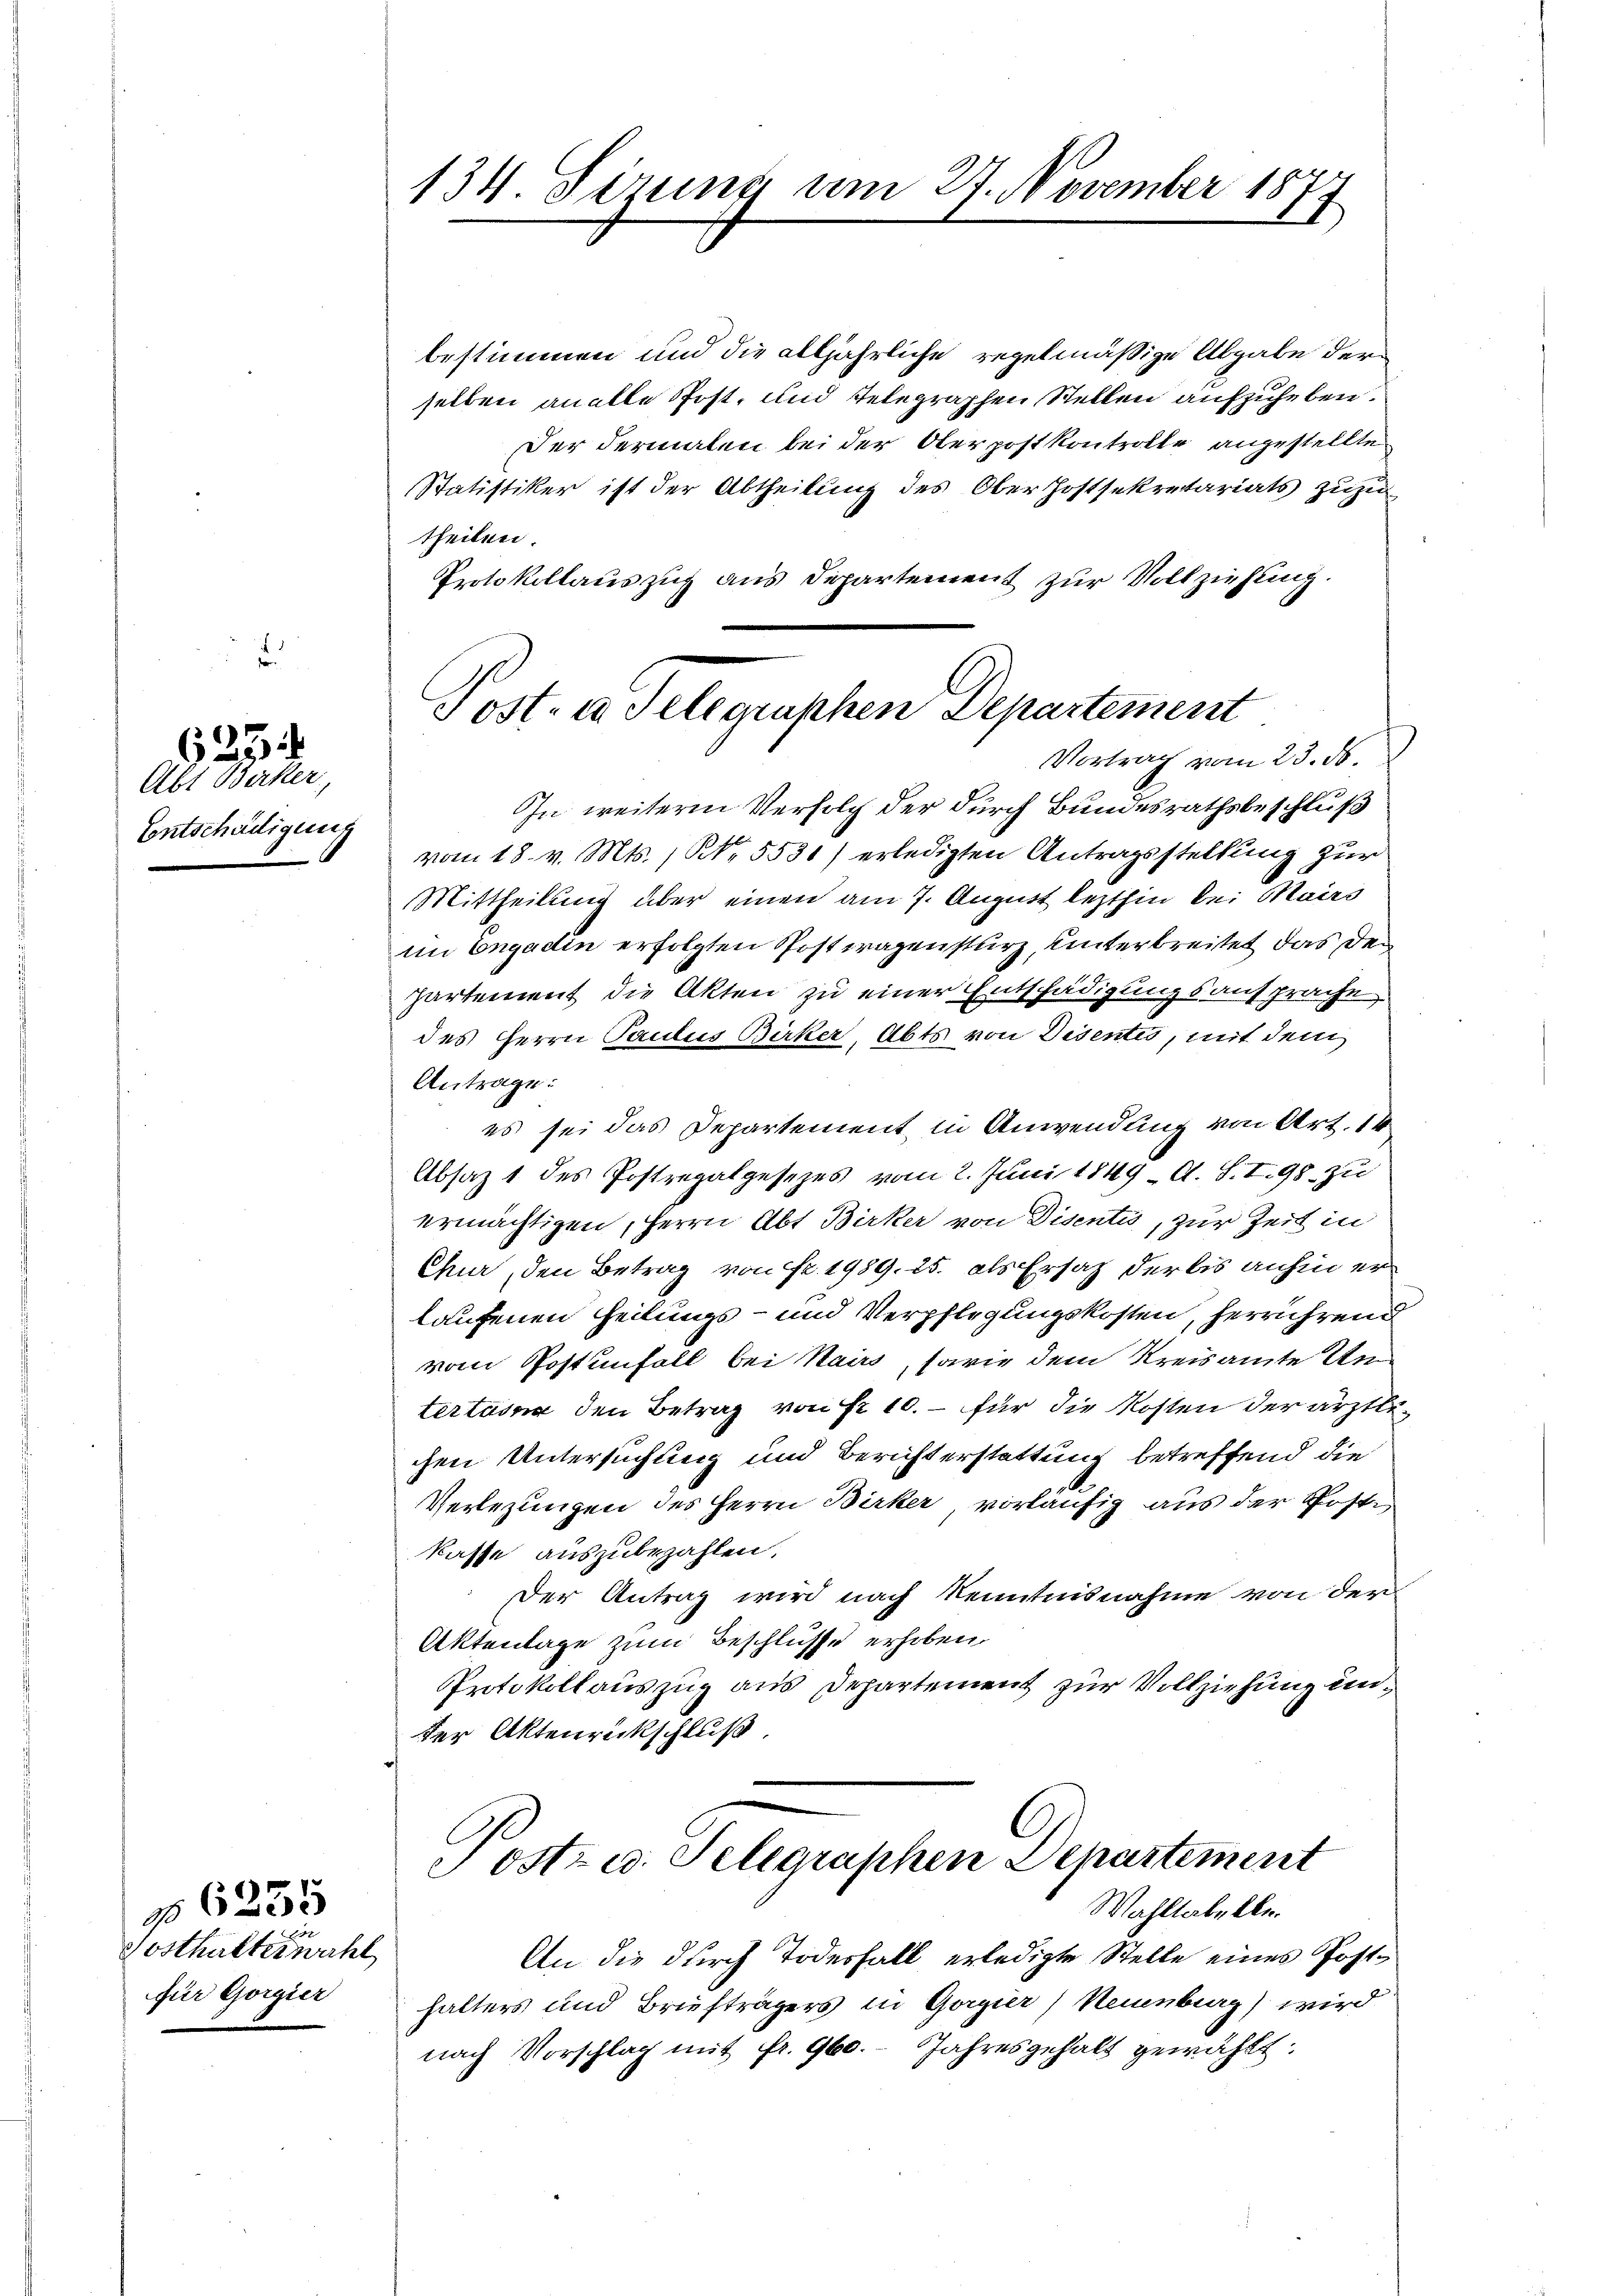
s

625

Abt Becker
Entschädigung

Gosthalterwahl
für Gorgier

6235

bestimmen und die alljährliche regelmäßige Abgabe der
selben analle Post- und Telegraphen Stellen aufzuheben.
Der dermalen bei der Oberpost kontrolle angestellten
Statistiker ist der Abtheilung des Oberhoftsekretariats zuzu
theilen.
Protokollauszug aus Departement zur Vollziehung.
In weitere Verfolg der durch Bundesrathsbeschluß
vom 18. v. Mts. / NNo. 5531) erledigten Antragsstellung zur
Mittheilung aber einen am 7. August lezthin bei Mairs
Im Engadin erfolgten Postwagensturz, unterbreitet, das Den
partement die Akten zu einer Entschädigungsansprache
des Herrn Paulus Birker, Abts von Disentes, mit dem
Antrage:
es sei das Departement in Anwendung von Art. 14
Absatz 1 des Postregalgesezes vom 2. Juni 1849 A. S. I. 98. zu
ermächtigen, Herrn Abt Birker von Disentis, zur Zeit in
Chur, den Betrag von Fr. 1989. 25. als Ersatz der bis anhin er
laufenen Heilungs- und Verpflegungskosten, herrührend
vom Postenfall bei Kairs, sowie dem Kreisamte Un
tertasna den Betrag von Fr. 10. – für die Kosten der ärztlichen Untersuchung und Berichterstattung betreffend die
Verlegungen des Herrn Birker vorläufig aus der Poste
kasse auszubezahlen.
Der Antrag wird nach Kenntnisnahme von der
Aktenlage zum Beschlüsse erhoben.
Protokollauszug aus Departement zur Vollziehung under Aktenrückschluß.
Jostz u. Selegraphen Departement
Wahltabelle.
An die durch Todesfall erledigte Stelle eines Posthalters und Briefträgers in Gorgier) Neuenburg) wird
nach Vorschlag mit fr. 960. Jahresgehalt gewählt:

134 Sirung am 27. November 1877

Post- u. Telegraphen Departement
Vortrag vom 23. ds.